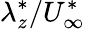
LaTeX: \lambda_{z}^{\ast}/U_{\infty}^{\ast}